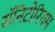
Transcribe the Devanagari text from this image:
सॅनिटोरियम